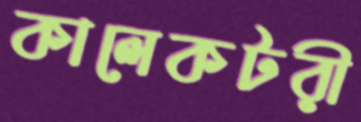
কালেকটরী